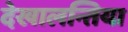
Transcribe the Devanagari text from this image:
देखालन्तिया